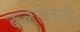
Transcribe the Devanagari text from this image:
कलाक्षेत्राशी